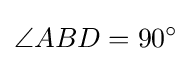
\angle ABD=90^{\circ }